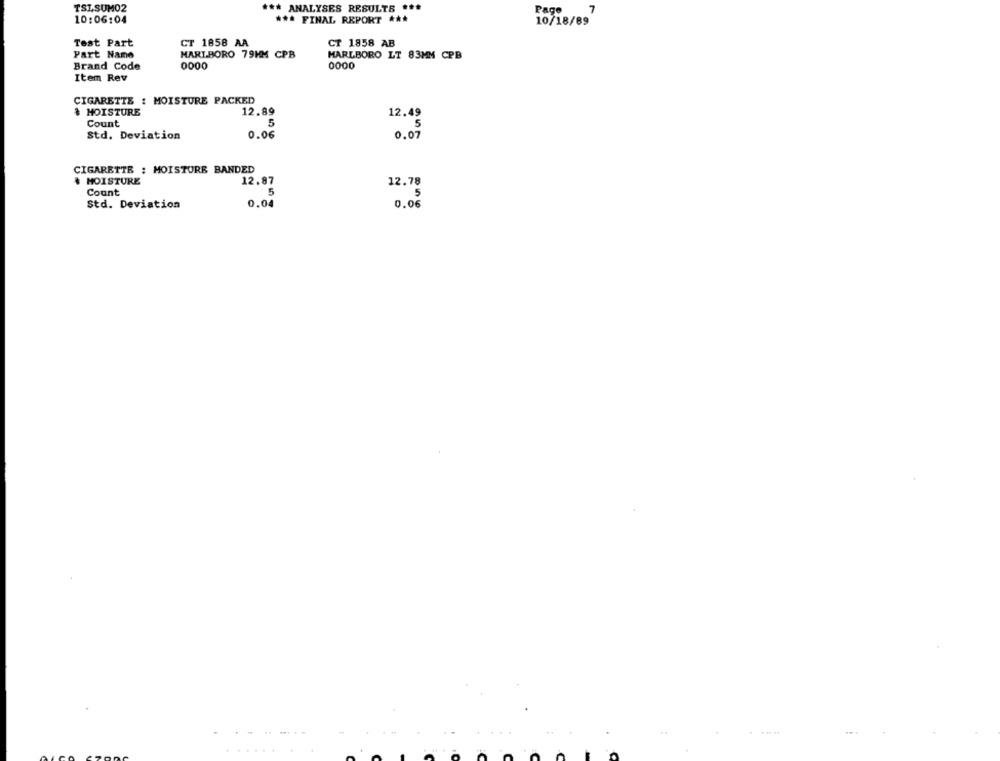
TSLSUM02
7
*** ANALYSES RESULTS ***
Page
10:06:04
*** FINAL REPORT ***
10/18/89
Test Part
CT 1858 AA
CT 1858 AB
Part Name
MARLBORO 79HM CPB
MARLBORO LT 83MM CPB
Brand Code
0000
0000
Item Rev
CIGARETTE : MOISTURE PACKED
& MOISTURE
12.89
12.49
5
5
Count
Std. Deviation
0.06
0.07
CIGARETTE : MOISTURE BANDED
# MOISTURE
12.87
12.78
Count
5
5
Std. Deviation
0.04
0.06
..-----
.......